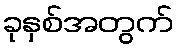
ခုနှစ်အတွက်